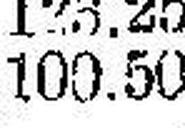
100.50